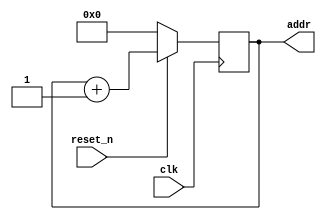
module addr_cntr
(
	input clk,
	input reset_n,
	
	output [4: 0] addr
); 

	reg [4: 0] addr_reg;

	always @(posedge clk)
	begin
		if(!reset_n)
			addr_reg <= 0;
		else
			addr_reg <= addr_reg + 1;
	end

	assign addr = addr_reg;
	
endmodule